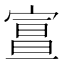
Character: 𡩦